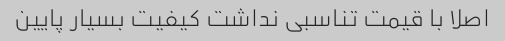
اصلا با قیمت تناسبی نداشت کیفیت بسیار پایین